画像に写った文字を読んでください
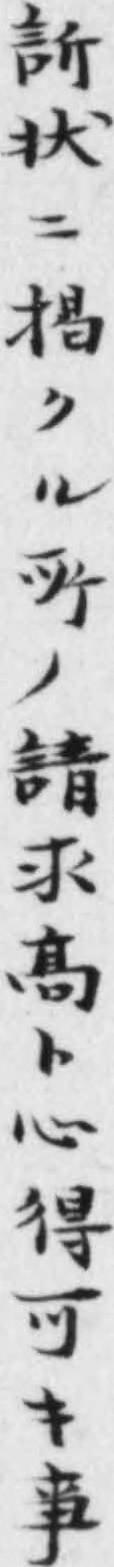
「訴状ニ掲クル𫝂ノ請求髙ト心得可キ事」と書いてあります